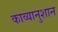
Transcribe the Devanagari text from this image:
काव्यानुशान